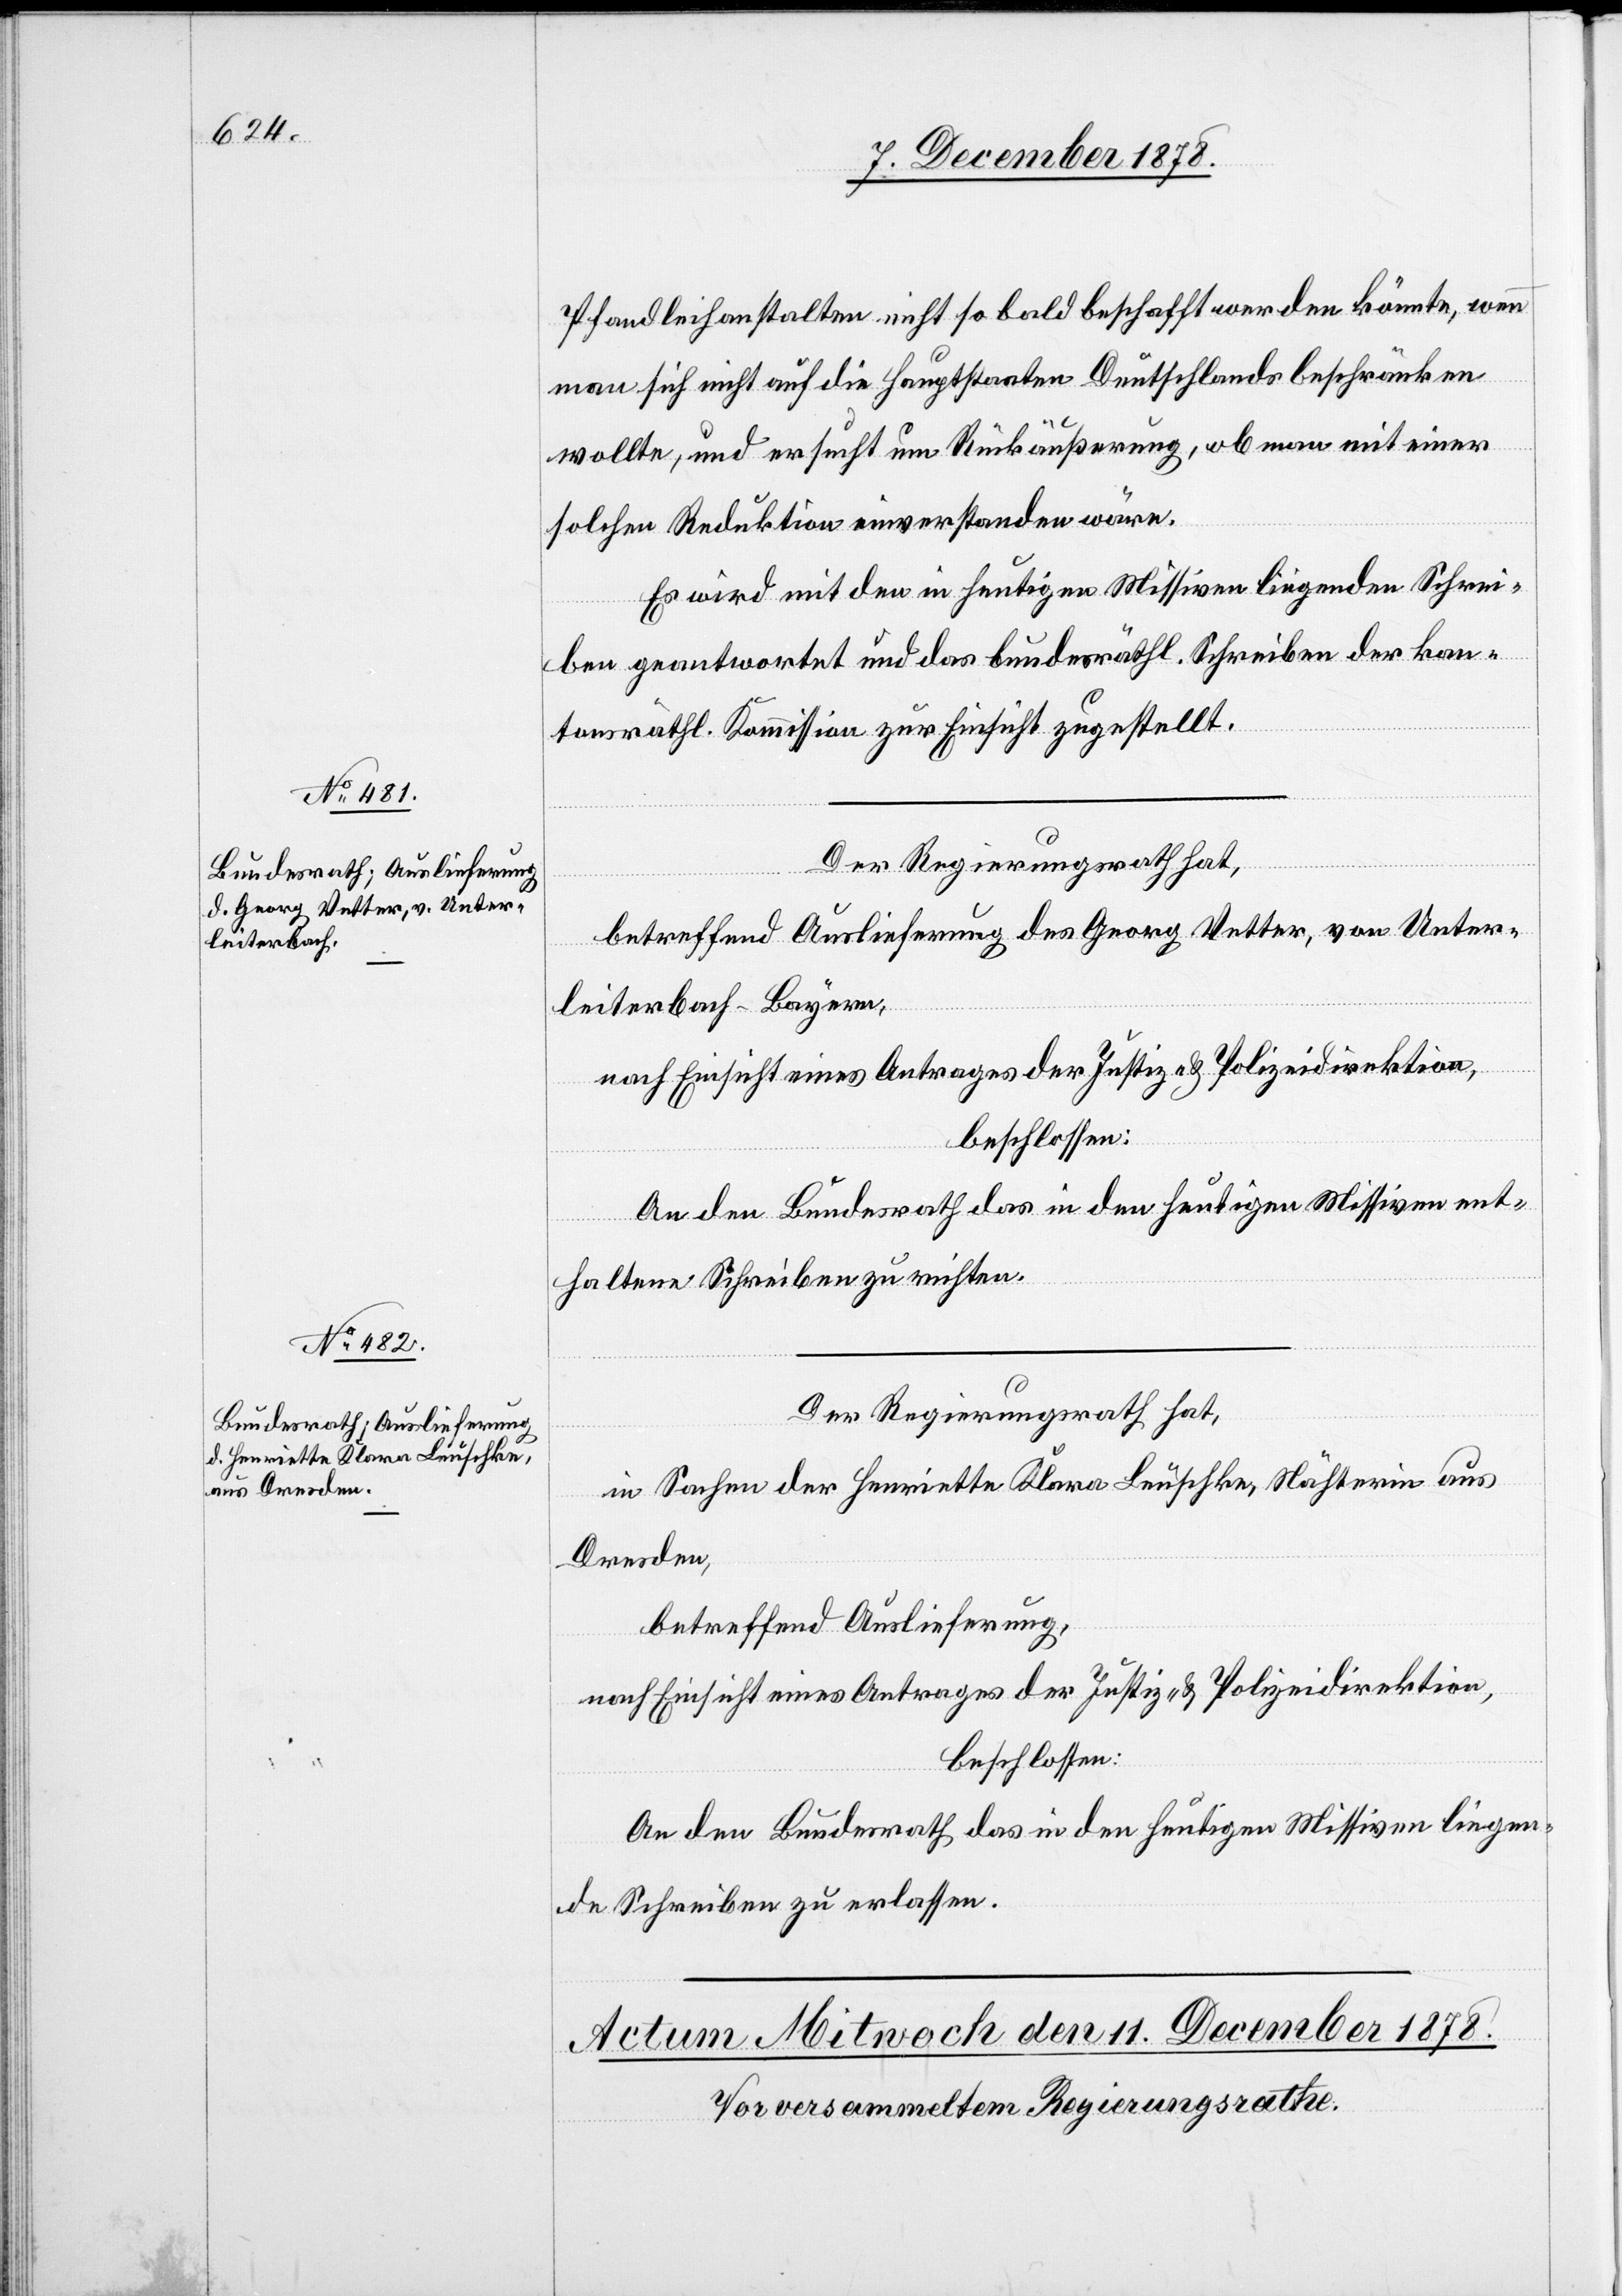
10. December 1878.]
Pfandleihanstalten nicht so bald beschafft werden könnte, wenn
man sich nicht auf die Hauptstaaten Deutschlands beschränken
wollte, und ersucht um Rückäußerung, ob man mit einer
solchen Reduktion einverstanden wäre.
Es wird mit den in heutigen Missiven liegenden Schrei¬
ben geantwortet und das bundesräthl. Schreiben der kan¬
tonsräthl. Kommission zur Einsicht zugestellt.
Der Regierungsrath hat,
betreffend Auslieferung des Georg Vetter, von Unter¬
leiterbach - Bayern,
nach Einsicht eines Antrages der Justiz- & Polizeidirektion,
beschlossen:
An den Bundesrath das in den heutigen Missiven ent¬
haltene Schreiben zu richten.
Der Regierungsrath hat,
in Sachen der Henriette Klara Leuschke, Nähterin aus
Dresden,
betreffend Auslieferung,
nach Einsicht eines Antrages der Justiz- & Polizeidirektion,
beschlossen:
An den Bundesrath das in den heutigen Missiven liegen¬
de Schreiben zu erlassen.